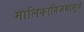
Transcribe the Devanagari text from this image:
मालिकाविजयामुळे